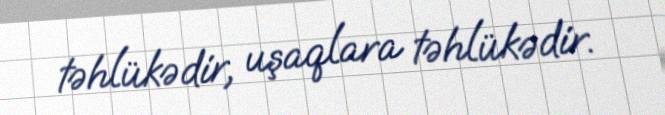
təhlükədir, uşaqlara təhlükədir.